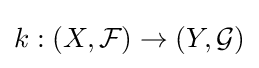
k:(X,{\mathcal {F}})\to (Y,{\mathcal {G}})